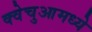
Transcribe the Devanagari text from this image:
क्वेचुआमध्ये